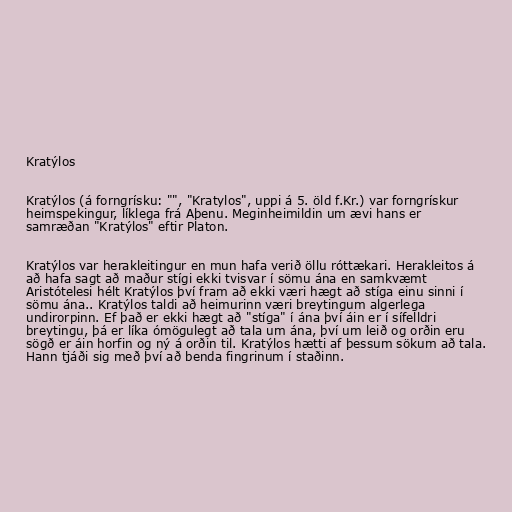
Kratýlos

Kratýlos (á forngrísku: "", "Kratylos", uppi á 5. öld f.Kr.) var forngrískur
heimspekingur, líklega frá Aþenu. Meginheimildin um ævi hans er
samræðan "Kratýlos" eftir Platon.

Kratýlos var herakleitingur en mun hafa verið öllu róttækari. Herakleitos á
að hafa sagt að maður stígi ekki tvisvar í sömu ána en samkvæmt
Aristótelesi hélt Kratýlos því fram að ekki væri hægt að stíga einu sinni í
sömu ána.. Kratýlos taldi að heimurinn væri breytingum algerlega
undirorpinn. Ef það er ekki hægt að "stíga" í ána því áin er í sífelldri
breytingu, þá er líka ómögulegt að tala um ána, því um leið og orðin eru
sögð er áin horfin og ný á orðin til. Kratýlos hætti af þessum sökum að tala.
Hann tjáði sig með því að benda fingrinum í staðinn.